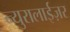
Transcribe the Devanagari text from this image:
न्युरालाईज़र